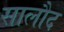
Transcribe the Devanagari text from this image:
सालौद